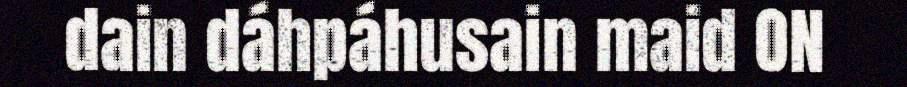
dain dáhpáhusain maid ON